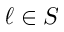
\ell \in S